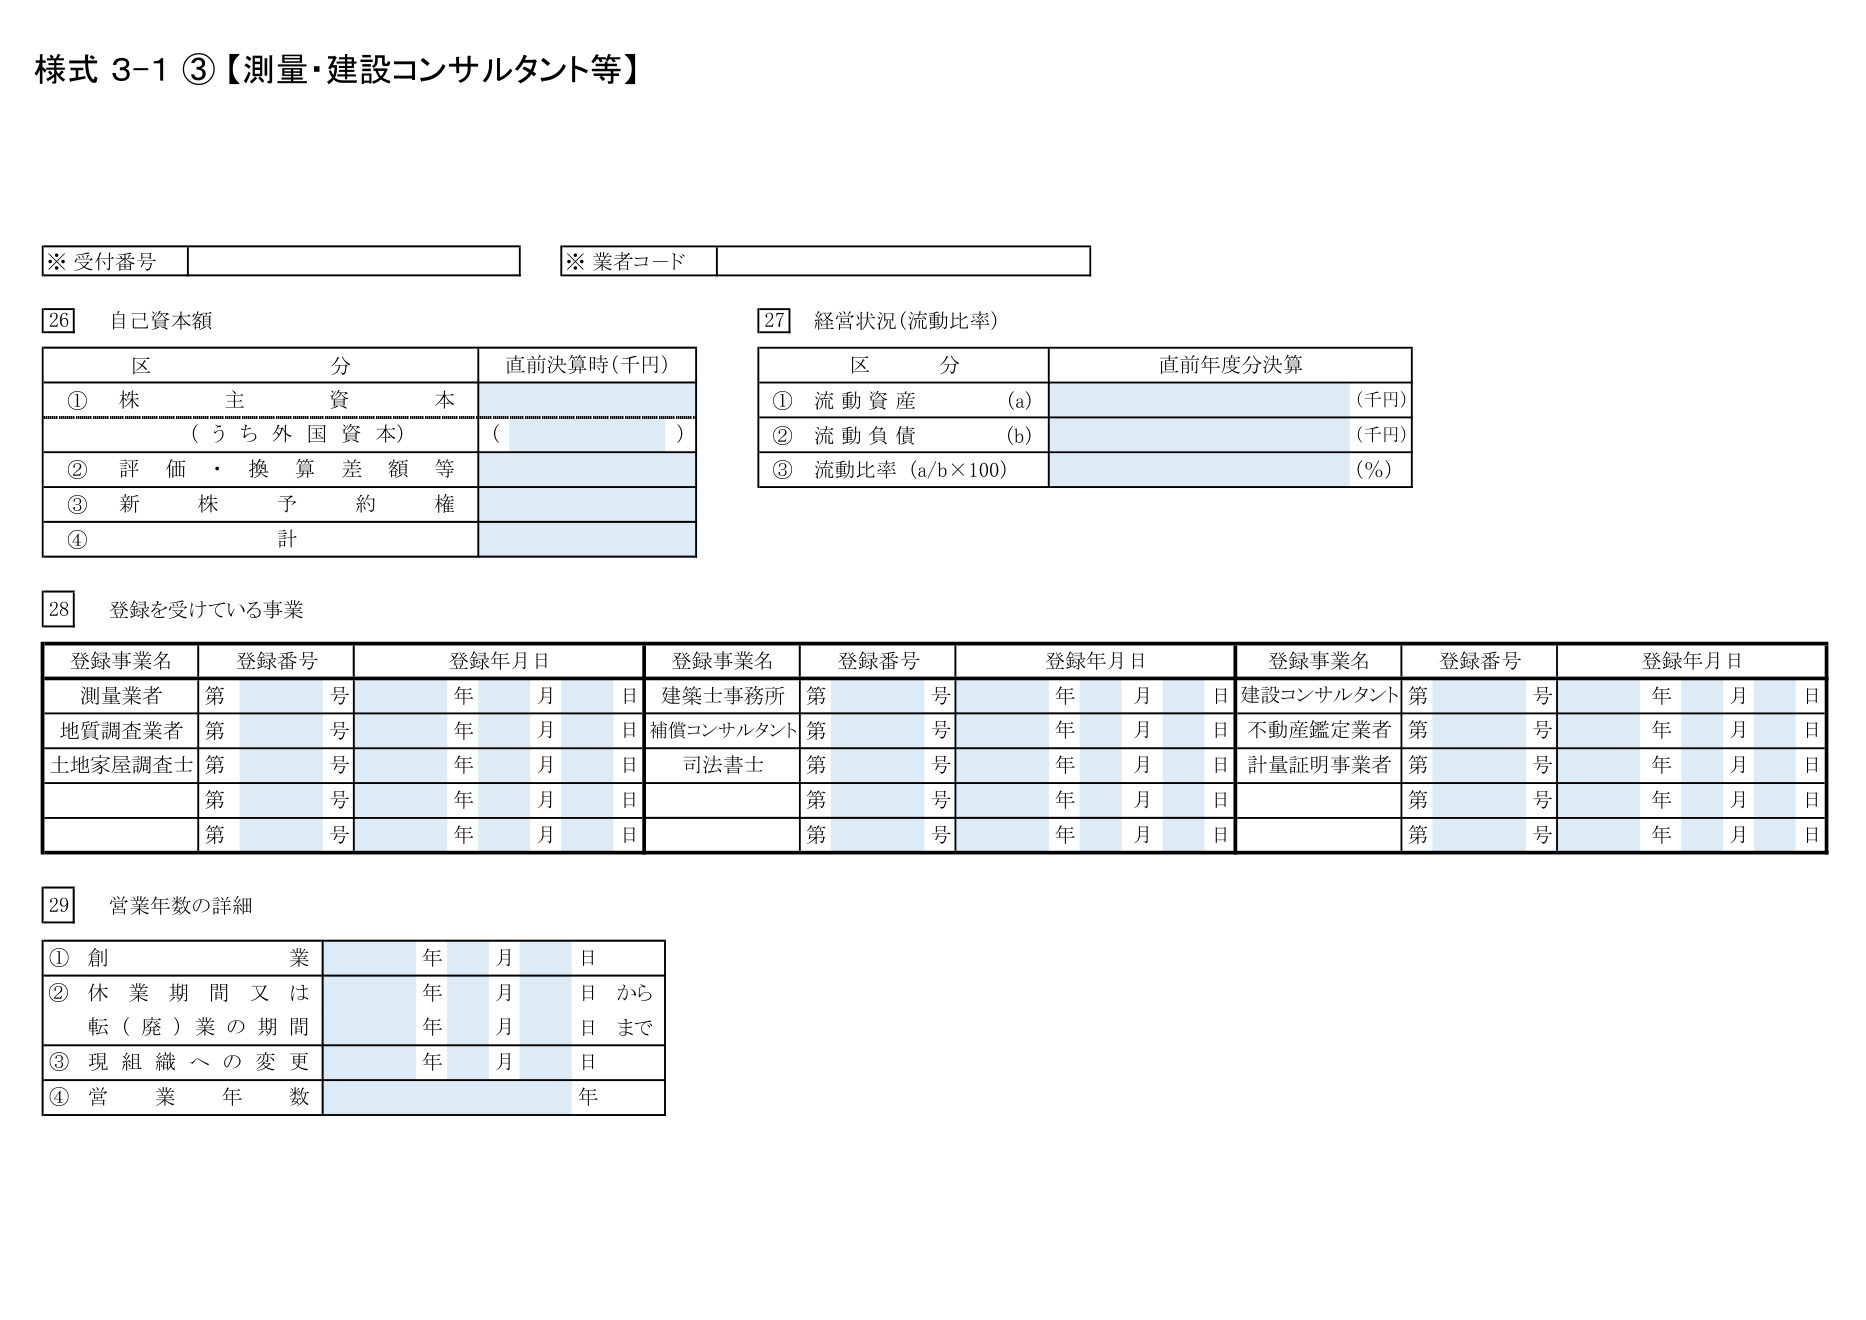
様式 3-1 ③【測量・建設コンサルタント等】

※ 受付番号
※ 業者コード

26 自己資本額
区 分 直前決算時（千円）
① 株 主 資 本 （うち外国資本） （ ）
② 評 価 ・ 換 算 差 額 等
③ 新 株 予 約 権
④ 計

27 経営状況（流動比率）
区 分 直前年度分決算
① 流動資産 （a） （千円）
② 流動負債 （b） （千円）
③ 流動比率 （a/b×100） （％）

28 登録を受けている事業
登録事業名 登録番号 登録年月日 登録事業名 登録番号 登録年月日 登録事業名 登録番号 登録年月日
測量業者 第 号 年 月 日 建築士事務所 第 号 年 月 日 建設コンサルタント 第 号 年 月 日
地質調査業者 第 号 年 月 日 補償コンサルタント 第 号 年 月 日 不動産鑑定業者 第 号 年 月 日
土地家屋調査士 第 号 年 月 日 司法書士 第 号 年 月 日 計量証明事業者 第 号 年 月 日
第 号 年 月 日 第 号 年 月 日 第 号 年 月 日
第 号 年 月 日 第 号 年 月 日 第 号 年 月 日

29 営業年数の詳細
① 創 業 年 月 日
② 休 業 期 間 又 は 年 月 日 から
転（廃）業の期間 年 月 日 まで
③ 現 組 織 へ の 変 更 年 月 日
④ 営 業 年 数 年